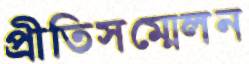
প্রীতিসম্মেলন